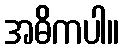
အဓိကပါ။